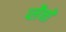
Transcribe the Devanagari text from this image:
प्लैनों